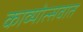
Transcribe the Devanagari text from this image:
काव्योत्सवात